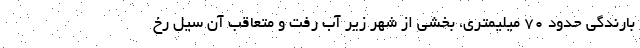
بارندگی حدود ۷۰ میلیمتری، بخشی از شهر زیر آب رفت و متعاقب آن سیل رخ